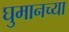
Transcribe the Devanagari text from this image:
घुमानच्या